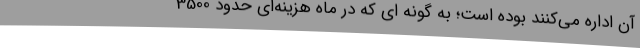
آن اداره می‌کنند بوده است؛ به گونه ای که در ماه هزینه‌ای حدود 3500